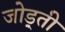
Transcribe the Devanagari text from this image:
जोड़्ती